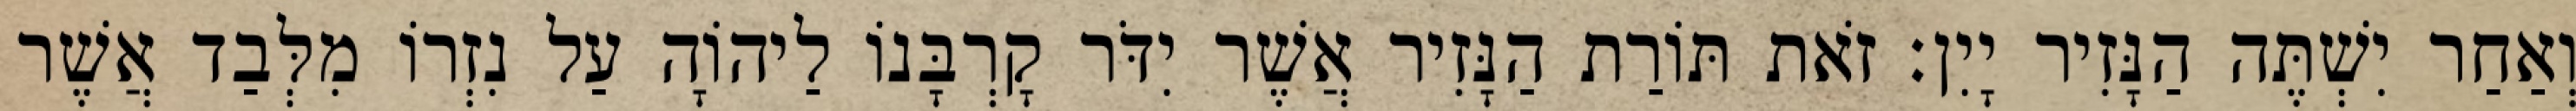
וְאַחַר יִשְׁתֶּה הַנָּזִיר יָיִן׃ זֹאת תּוֹרַת הַנָּזִיר אֲשֶׁר יִדֹּר קָרְבָּנוֹ לַיהוָֹה עַל נִזְרוֹ מִלְּבַד אֲשֶׁר